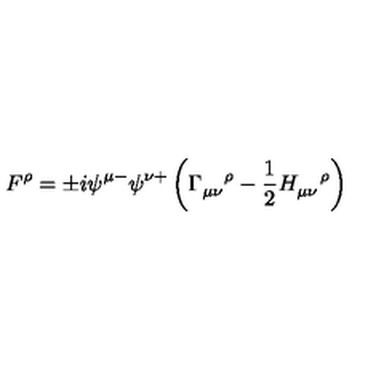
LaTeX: F ^ { \rho } = \pm i \psi ^ { \mu - } \psi ^ { \nu + } \left( \Gamma _ { \mu \nu } ^ { \quad \rho } - \frac { 1 } { 2 } H _ { \mu \nu } ^ { \quad \rho } \right)